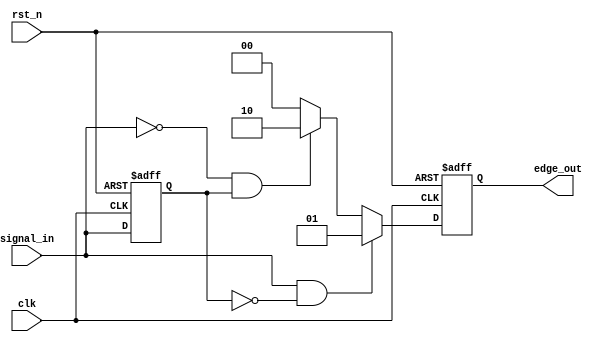
module EdgeDetector (
    input wire clk,            // Clock signal
    input wire rst_n,         // Active low reset
    input wire signal_in,     // Input signal to detect edges
    output reg [1:0] edge_out  // Output signal: 2'b01 for rising, 2'b10 for falling, 2'b00 for no edge
);

    reg signal_prev;          // Previous state of the input signal

    // Edge detection logic
    always @(posedge clk or negedge rst_n) begin
        if (!rst_n) begin
            signal_prev <= 1'b0; // Reset previous state
            edge_out <= 2'b00;   // Reset output
        end else begin
            // Capture the edge
            if (signal_in && !signal_prev) begin
                edge_out <= 2'b01; // Rising edge detected
            end else if (!signal_in && signal_prev) begin
                edge_out <= 2'b10; // Falling edge detected
            end else begin
                edge_out <= 2'b00;  // No edge detected
            end
            
            // Update previous state
            signal_prev <= signal_in;
        end
    end

endmodule